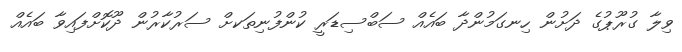
ވިލާ ގުރޫޕުގެ ދަށުން ހިނގަމުންދާ ބައެއް ސަބްސިޑަރީ ކުންފުނިތަަކށް ސަރުކާރުން ދޫކޮށްފައިވާ ބައެއް